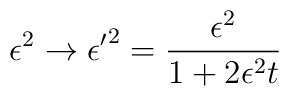
\epsilon^2 \rightarrow {\epsilon'}^2 = \frac{\epsilon^2}{1 + 2\epsilon^2 t}